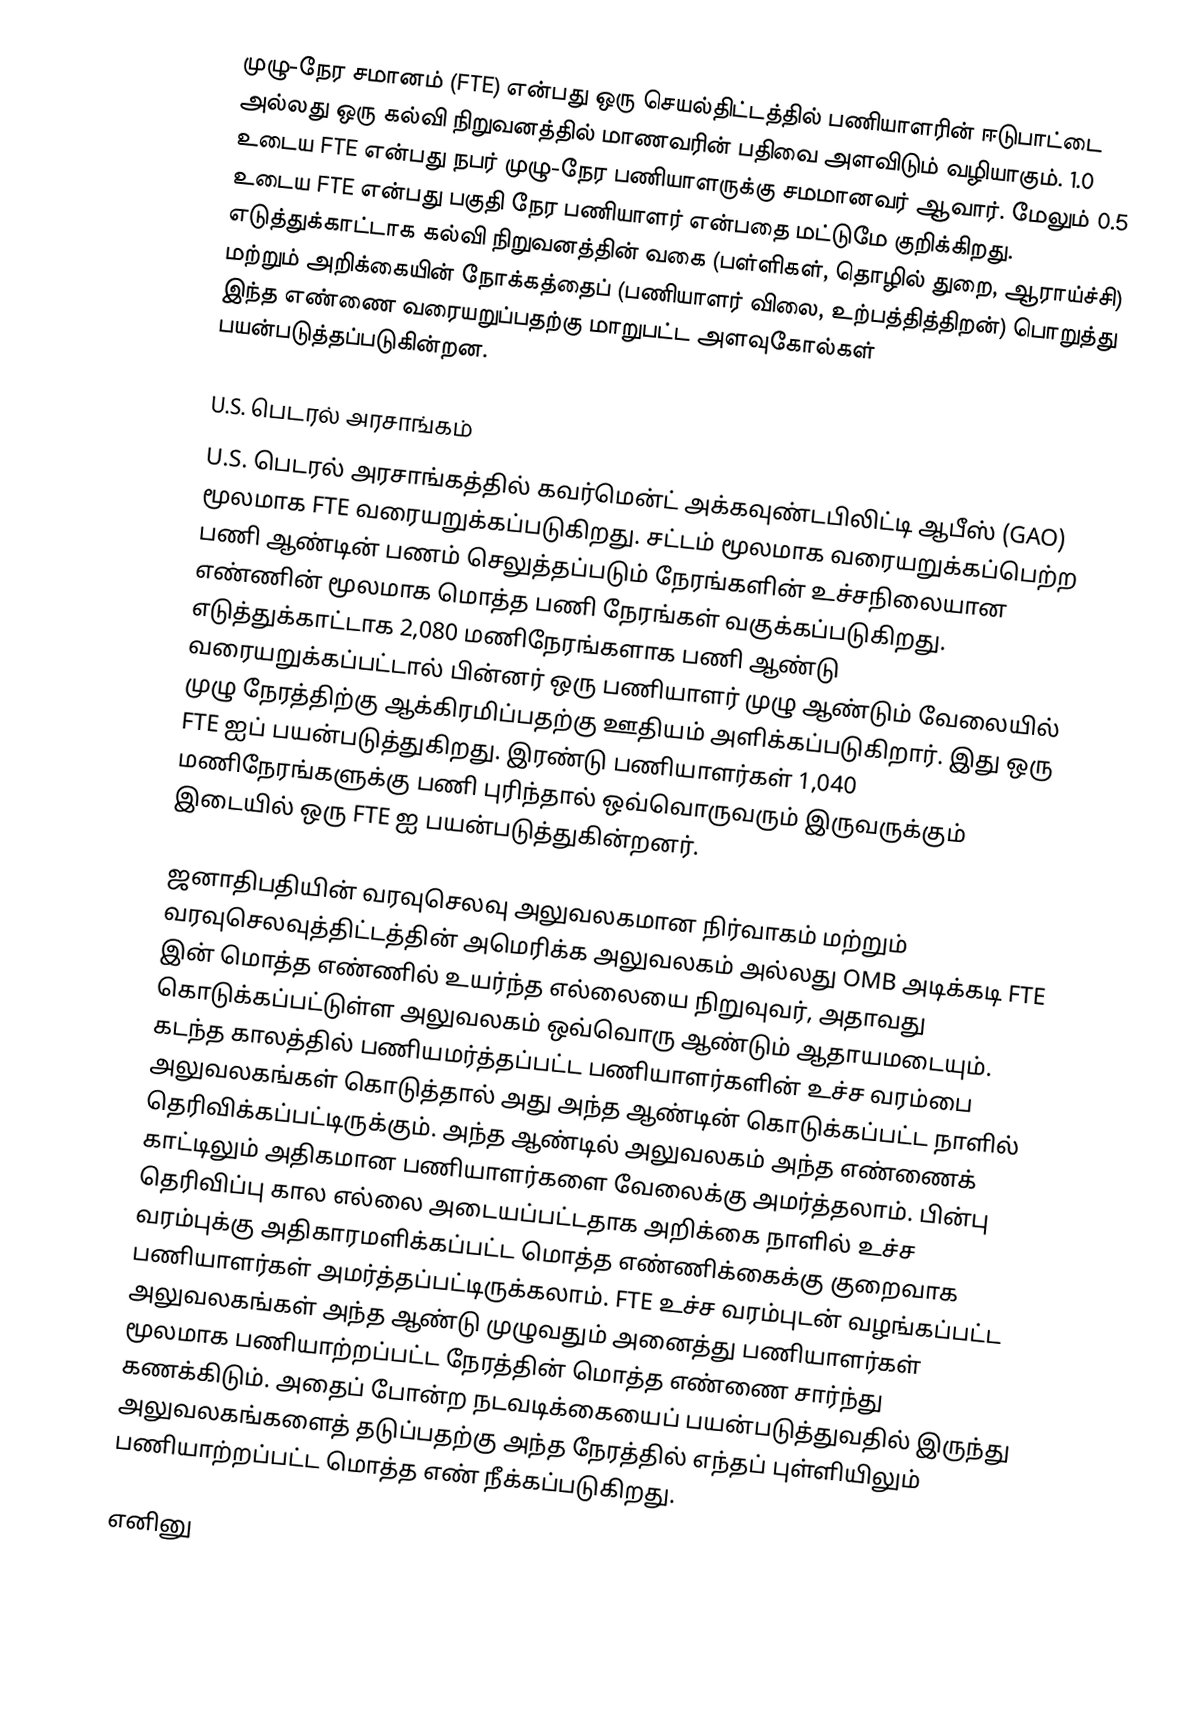
முழு-நேர சமானம் (FTE) என்பது ஒரு செயல்திட்டத்தில் பணியாளரின் ஈடுபாட்டை அல்லது ஒரு கல்வி நிறுவனத்தில் மாணவரின் பதிவை அளவிடும் வழியாகும். 1.0 உடைய FTE என்பது நபர் முழு-நேர பணியாளருக்கு சமமானவர் ஆவார். மேலும் 0.5 உடைய FTE என்பது பகுதி நேர பணியாளர் என்பதை மட்டுமே குறிக்கிறது. எடுத்துக்காட்டாக கல்வி நிறுவனத்தின் வகை (பள்ளிகள், தொழில் துறை, ஆராய்ச்சி) மற்றும் அறிக்கையின் நோக்கத்தைப் (பணியாளர் விலை, உற்பத்தித்திறன்) பொறுத்து இந்த எண்ணை வரையறுப்பதற்கு மாறுபட்ட அளவுகோல்கள் பயன்படுத்தப்படுகின்றன.

U.S. பெடரல் அரசாங்கம்
U.S. பெடரல் அரசாங்கத்தில் கவர்மென்ட் அக்கவுண்டபிலிட்டி ஆபீஸ் (GAO) மூலமாக FTE வரையறுக்கப்படுகிறது. சட்டம் மூலமாக வரையறுக்கப்பெற்ற பணி ஆண்டின் பணம் செலுத்தப்படும் நேரங்களின் உச்சநிலையான எண்ணின் மூலமாக மொத்த பணி நேரங்கள் வகுக்கப்படுகிறது. எடுத்துக்காட்டாக 2,080 மணிநேரங்களாக பணி ஆண்டு வரையறுக்கப்பட்டால் பின்னர் ஒரு பணியாளர் முழு ஆண்டும் வேலையில் முழு நேரத்திற்கு ஆக்கிரமிப்பதற்கு ஊதியம் அளிக்கப்படுகிறார். இது ஒரு FTE ஐப் பயன்படுத்துகிறது. இரண்டு பணியாளர்கள் 1,040 மணிநேரங்களுக்கு பணி புரிந்தால் ஒவ்வொருவரும் இருவருக்கும் இடையில் ஒரு FTE ஐ பயன்படுத்துகின்றனர்.

ஜனாதிபதியின் வரவுசெலவு அலுவலகமான நிர்வாகம் மற்றும் வரவுசெலவுத்திட்டத்தின் அமெரிக்க அலுவலகம் அல்லது OMB அடிக்கடி FTE இன் மொத்த எண்ணில் உயர்ந்த எல்லையை நிறுவுவர், அதாவது கொடுக்கப்பட்டுள்ள அலுவலகம் ஒவ்வொரு ஆண்டும் ஆதாயமடையும். கடந்த காலத்தில் பணியமர்த்தப்பட்ட பணியாளர்களின் உச்ச வரம்பை அலுவலகங்கள் கொடுத்தால் அது அந்த ஆண்டின் கொடுக்கப்பட்ட நாளில் தெரிவிக்கப்பட்டிருக்கும். அந்த ஆண்டில் அலுவலகம் அந்த எண்ணைக் காட்டிலும் அதிகமான பணியாளர்களை வேலைக்கு அமர்த்தலாம். பின்பு தெரிவிப்பு கால எல்லை அடையப்பட்டதாக அறிக்கை நாளில் உச்ச வரம்புக்கு அதிகாரமளிக்கப்பட்ட மொத்த எண்ணிக்கைக்கு குறைவாக பணியாளர்கள் அமர்த்தப்பட்டிருக்கலாம். FTE உச்ச வரம்புடன் வழங்கப்பட்ட அலுவலகங்கள் அந்த ஆண்டு முழுவதும் அனைத்து பணியாளர்கள் மூலமாக பணியாற்றப்பட்ட நேரத்தின் மொத்த எண்ணை சார்ந்து கணக்கிடும். அதைப் போன்ற நடவடிக்கையைப் பயன்படுத்துவதில் இருந்து அலுவலகங்களைத் தடுப்பதற்கு அந்த நேரத்தில் எந்தப் புள்ளியிலும் பணியாற்றப்பட்ட மொத்த எண் நீக்கப்படுகிறது.

எனினு